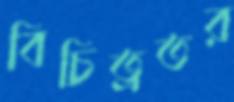
বিচিত্রতর